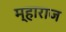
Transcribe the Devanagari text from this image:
म्हाराज